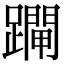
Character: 𨆇